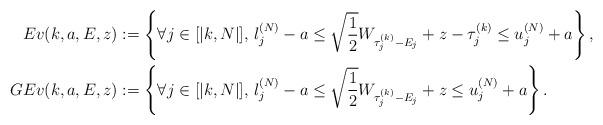
LaTeX: \begin{align*}Ev(k,a,E,z) &:= \left\{ \forall j\in [|k, N |] ,\, l_j^{(N)}-a \leq \sqrt{\frac{1}{2}}W_{\tau_j^{(k)}-E_j}+z- \tau^{(k)}_{j} \leq u_j^{(N)}+a \right\},\\GEv(k,a,E,z) &:= \left\{ \forall j\in [|k, N |] ,\, l_j^{(N)}-a \leq \sqrt{\frac{1}{2}}W_{\tau_j^{(k)}-E_j} +z\leq u_j^{(N)}+a \right\}.\end{align*}